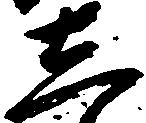
し